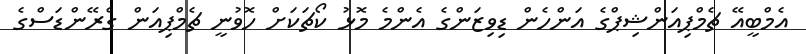
އެމްބީއޭ ޗެމްޕިއަންޝިޕްގެ އަންހެން ޑިވިޒަންގެ އެންމެ މޮޅު ކޯޗަކަށް ހޮވުނީ ޗެމްޕިއަން ގްރޭންޑަސްގެ